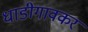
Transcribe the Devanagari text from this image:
धाडीगावकर